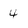
Character: 4